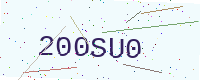
Text: 200SU0